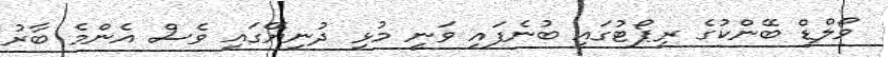
ވޯލްޑް ބޭންކުގެ ރިޕޯޓުގައި ބުނެފައި ވަނީ މުޅި ދުނިޔޭގައި ވެސް އެންމެ ބާރު